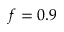
f = 0 . 9